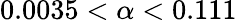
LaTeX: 0.0035<\alpha<0.111